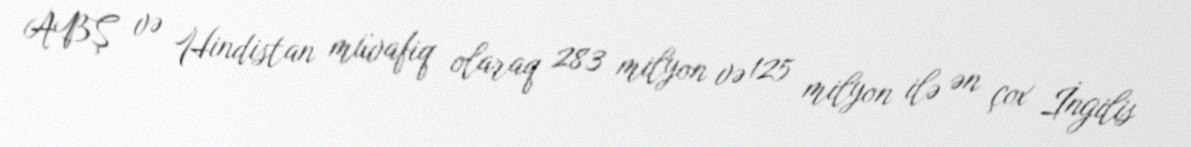
ABŞ və Hindistan müvafiq olaraq 283 milyon və 125 milyon ilə ən çox İngilis